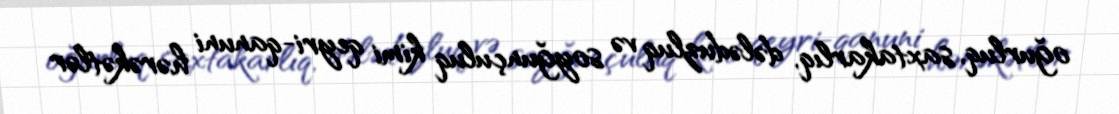
oğurluq, saxtakarlıq, dələduzluq və soyğunçuluq kimi qeyri-qanuni hərəkətlər